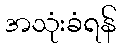
အသုံးခံရန်